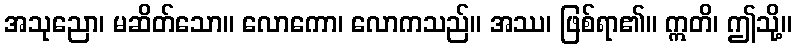
အသုညော၊ မဆိတ်သော။ လောကော၊ လောကသည်။ အဿ၊ ဖြစ်ရာ၏။ ဣတိ၊ ဤသို့။